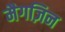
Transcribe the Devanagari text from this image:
मैगज़िन